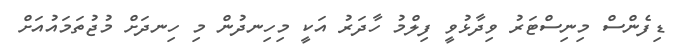
ޑިފެންސް މިނިސްޓަރު ވިދާޅުވީ ފިލްމު ހާދަރު އަކީ މިހިނދުން މި ހިނދަށް މުޖުތަމައުއަށް